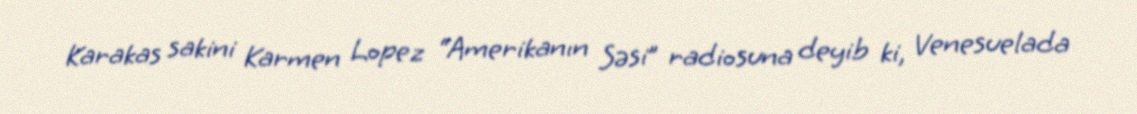
Karakas sakini Karmen Lopez “Amerikanın Səsi” radiosuna deyib ki, Venesuelada